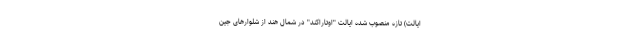
ایالت) تازه منصوب شده ایالت "اوتاراکند" در شمال هند از شلوارهای جین